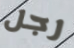
رجل